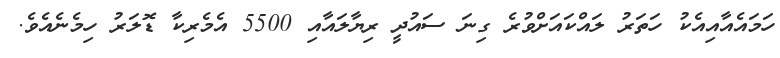
ހަމައެއާއިއެކު ހަތަރު ލައްކައަށްވުރެ ގިނަ ސައުދީ ރިޔާލައާއި 5500 އެމެރިކާ ޑޮލަރު ހިމެނެއެވެ.